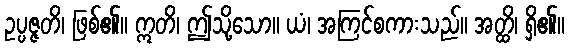
ဥပ္ပဇ္ဇတိ၊ ဖြစ်၏။ ဣတိ၊ ဤသို့သော။ ယံ၊ အကြင်စကားသည်။ အတ္ထိ၊ ရှိ၏။